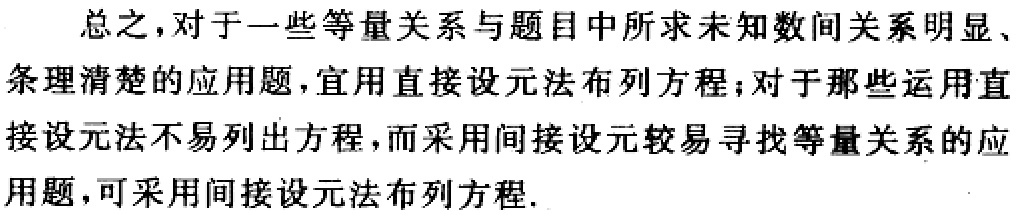
总之，对于一些等量关系与题目中所求未知数间关系明显、条理清楚的应用题，宜用直接设元法布列方程；对于那些运用直接设元法不易列出方程，而采用间接设元较易寻找等量关系的应用题，可采用间接设元法布列方程.